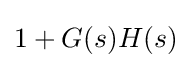
1+G(s)H(s)